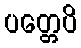
ပတ္တေပိ